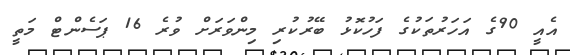
އެއީ 90ގެ އަހަރުތަކުގެ ފަހުކޮޅު ބޭރުކުރި މިންވަރަށް ވުރެ 16 ޕަސެންޓް މަތީ